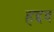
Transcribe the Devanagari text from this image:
हद्दद